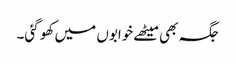
جگہ بھی میٹھے خوابوں میں کھو گئی۔